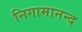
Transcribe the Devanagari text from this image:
निगामानन्द